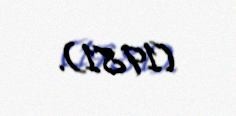
(1981).